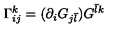
\Gamma _ { i j } ^ { k } = ( \partial _ { i } G _ { j { \bar { l } } } ) G ^ { { \bar { l } } k } \,